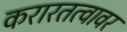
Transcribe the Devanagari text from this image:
करारतत्वावर